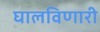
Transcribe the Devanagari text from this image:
घालविणारी